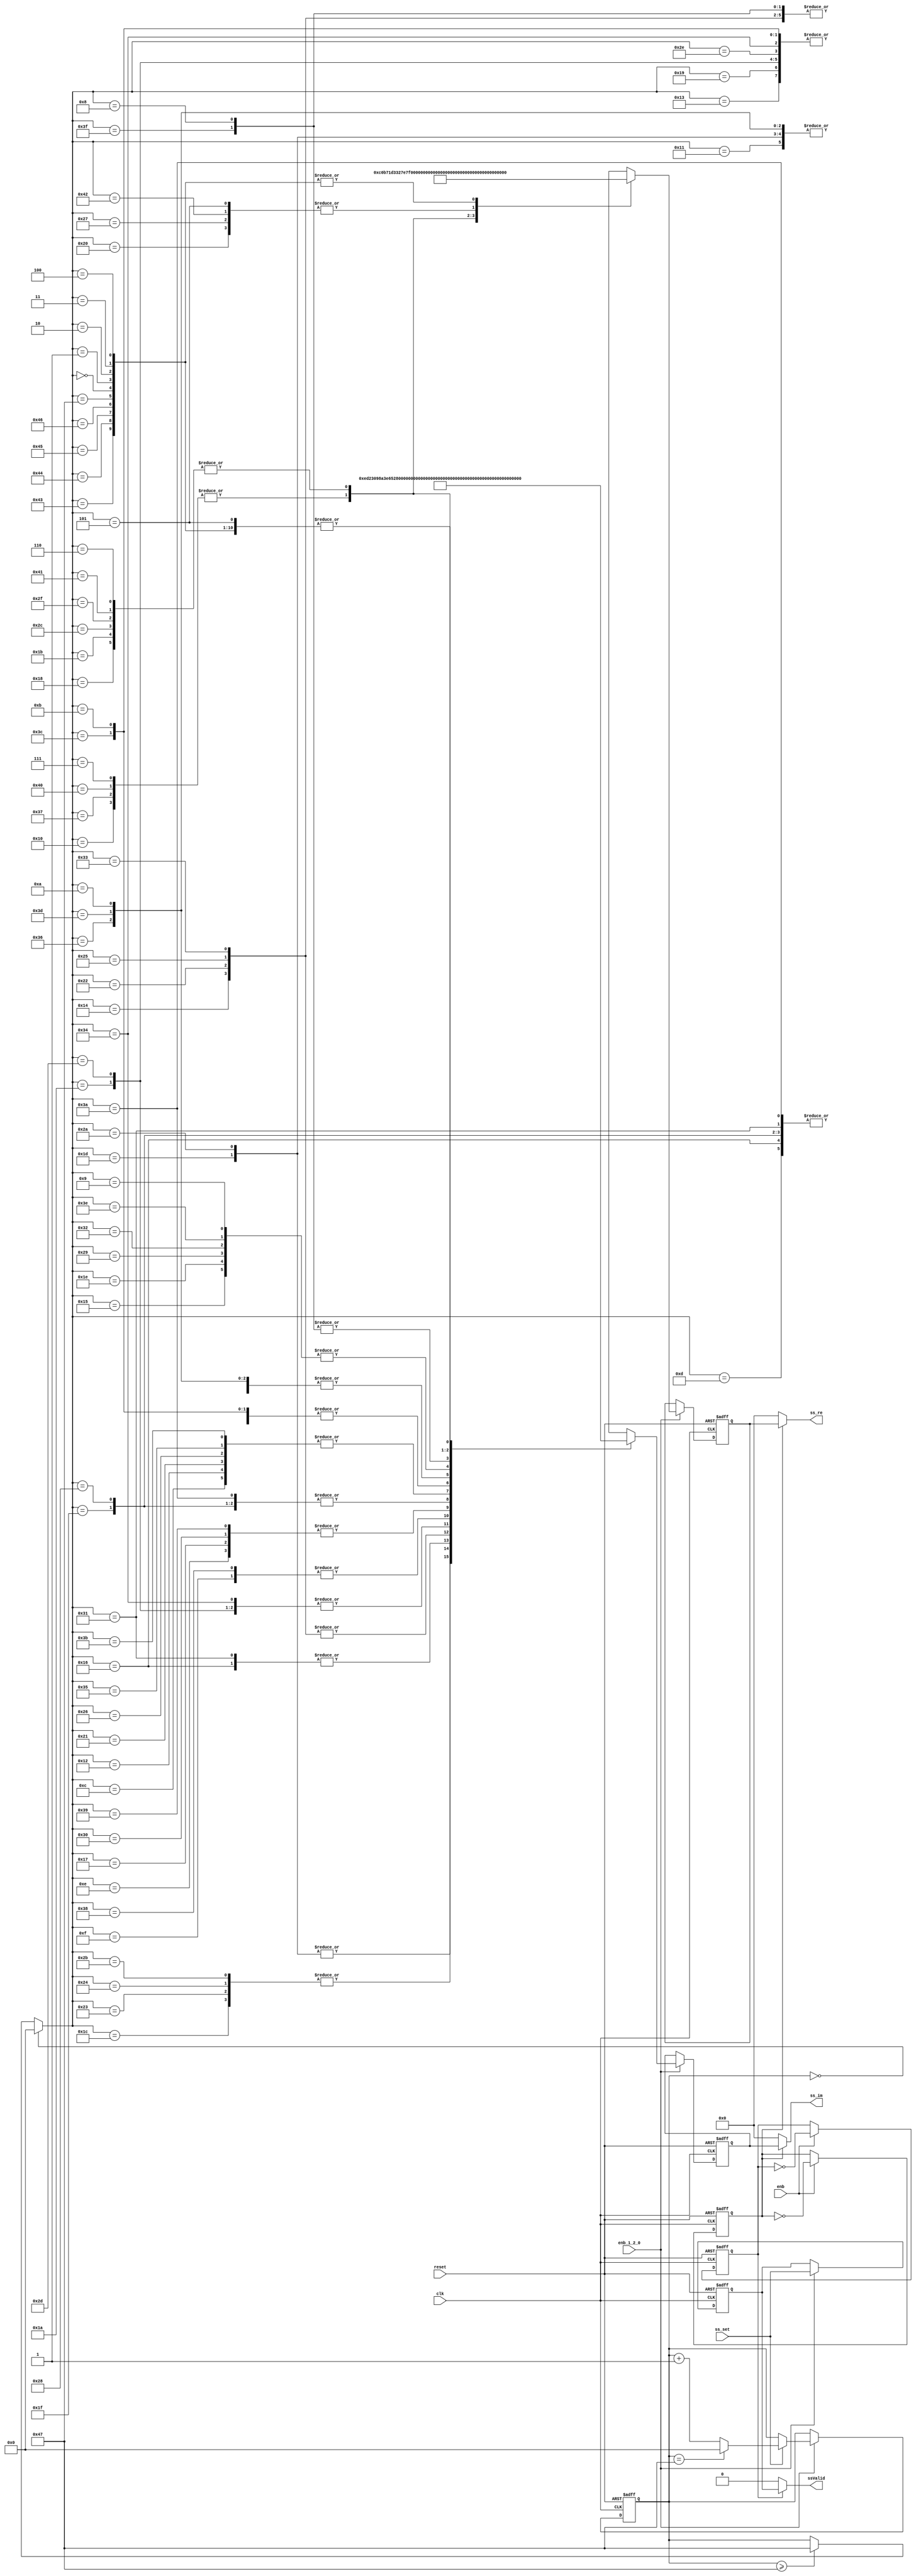
// -------------------------------------------------------------
// 
// 
// Generated by MATLAB 9.13 and HDL Coder 4.0
// 
// -------------------------------------------------------------


// -------------------------------------------------------------
// 
// Module: whdlOFDMTx_Synchronization_Sequence
// Source Path: whdlOFDMTx/Frame Generator/Synchronization Sequence
// Hierarchy Level: 4
// 
// -------------------------------------------------------------

`timescale 1 ns / 1 ns

module whdlOFDMTx_Synchronization_Sequence
          (clk,
           reset,
           enb,
           enb_1_2_0,
           ss_set,
           ss_re,
           ss_im,
           ssValid);


  input   clk;
  input   reset;
  input   enb;
  input   enb_1_2_0;
  input   ss_set;
  output  signed [15:0] ss_re;  // sfix16_En14
  output  signed [15:0] ss_im;  // sfix16_En14
  output  ssValid;


  reg  Upsample_muxsel;  // ufix1
  wire [6:0] count_step;  // ufix7
  wire [6:0] count_from;  // ufix7
  reg [6:0] SS_Counter_out1;  // ufix7
  wire [6:0] count;  // ufix7
  wire need_to_wrap;
  wire [6:0] count_value;  // ufix7
  wire [6:0] count_1;  // ufix7
  wire [6:0] SS_LUT_k;  // ufix7
  wire signed [15:0] SS_LUT_table_data_re [0:71];  // sfix16_En14 [72]
  wire signed [15:0] SS_LUT_table_data_im [0:71];  // sfix16_En14 [72]
  wire signed [15:0] SS_LUT_out1_re;  // sfix16_En14
  wire signed [15:0] SS_LUT_out1_im;  // sfix16_En14
  reg signed [15:0] Delay_out1_re;  // sfix16_En14
  reg signed [15:0] Delay_out1_im;  // sfix16_En14
  wire signed [15:0] Upsample_zero_re;  // sfix16_En14
  wire signed [15:0] Upsample_zero_im;  // sfix16_En14
  wire signed [15:0] Upsample_out1_re;  // sfix16_En14
  wire signed [15:0] Upsample_out1_im;  // sfix16_En14
  reg  Upsample1_muxsel;  // ufix1
  reg  Delay2_out1;
  wire Upsample1_zero;
  wire Upsample1_out1;

  // Upsampling is done to compensate the rate change due to Convolutional Encoder 
  // in Header and Data subsystems.
  // Access synchronization sequence from LUT.


  // Free running, Unsigned Counter
  //  initial value   = 1
  //  step value      = 1
  // Upsample: Upsample by 2, Sample offset 0 
  always @(posedge clk or posedge reset)
    begin : Upsample_cnt_process
      if (reset == 1'b1) begin
        Upsample_muxsel <= 1'b1;
      end
      else begin
        if (enb) begin
          Upsample_muxsel <=  ~ Upsample_muxsel;
        end
      end
    end



  // Count limited, Unsigned Counter
  //  initial value   = 0
  //  step value      = 1
  //  count to value  = 71
  assign count_step = 7'b0000001;



  assign count_from = 7'b0000000;



  assign count = SS_Counter_out1 + count_step;



  assign need_to_wrap = SS_Counter_out1 == 7'b1000111;



  assign count_value = (need_to_wrap == 1'b0 ? count :
              count_from);



  assign count_1 = (ss_set == 1'b0 ? SS_Counter_out1 :
              count_value);



  always @(posedge clk or posedge reset)
    begin : SS_Counter_process
      if (reset == 1'b1) begin
        SS_Counter_out1 <= 7'b0000000;
      end
      else begin
        if (enb_1_2_0) begin
          SS_Counter_out1 <= count_1;
        end
      end
    end



  assign SS_LUT_table_data_re[0] = 16'sb0000000000000000;
  assign SS_LUT_table_data_re[1] = 16'sb0000000000000000;
  assign SS_LUT_table_data_re[2] = 16'sb0000000000000000;
  assign SS_LUT_table_data_re[3] = 16'sb0000000000000000;
  assign SS_LUT_table_data_re[4] = 16'sb0000000000000000;
  assign SS_LUT_table_data_re[5] = 16'sb0100000000000000;
  assign SS_LUT_table_data_re[6] = 16'sb1100110011111100;
  assign SS_LUT_table_data_re[7] = 16'sb0001011101100010;
  assign SS_LUT_table_data_re[8] = 16'sb1101000100010110;
  assign SS_LUT_table_data_re[9] = 16'sb0011111010111011;
  assign SS_LUT_table_data_re[10] = 16'sb0011110100101000;
  assign SS_LUT_table_data_re[11] = 16'sb1110000000000000;
  assign SS_LUT_table_data_re[12] = 16'sb0011000100000111;
  assign SS_LUT_table_data_re[13] = 16'sb1111000111000010;
  assign SS_LUT_table_data_re[14] = 16'sb0010011111100111;
  assign SS_LUT_table_data_re[15] = 16'sb0001110100110011;
  assign SS_LUT_table_data_re[16] = 16'sb0001011101100010;
  assign SS_LUT_table_data_re[17] = 16'sb0011110100101000;
  assign SS_LUT_table_data_re[18] = 16'sb0011000100000111;
  assign SS_LUT_table_data_re[19] = 16'sb1110000000000000;
  assign SS_LUT_table_data_re[20] = 16'sb1101000100010110;
  assign SS_LUT_table_data_re[21] = 16'sb0011111010111011;
  assign SS_LUT_table_data_re[22] = 16'sb1111000111000010;
  assign SS_LUT_table_data_re[23] = 16'sb0010011111100111;
  assign SS_LUT_table_data_re[24] = 16'sb1100110011111100;
  assign SS_LUT_table_data_re[25] = 16'sb1110000000000000;
  assign SS_LUT_table_data_re[26] = 16'sb1110000000000000;
  assign SS_LUT_table_data_re[27] = 16'sb1100110011111100;
  assign SS_LUT_table_data_re[28] = 16'sb1100000010110111;
  assign SS_LUT_table_data_re[29] = 16'sb0011110100101000;
  assign SS_LUT_table_data_re[30] = 16'sb0011111010111011;
  assign SS_LUT_table_data_re[31] = 16'sb1111000111000010;
  assign SS_LUT_table_data_re[32] = 16'sb0100000000000000;
  assign SS_LUT_table_data_re[33] = 16'sb0011000100000111;
  assign SS_LUT_table_data_re[34] = 16'sb1101000100010110;
  assign SS_LUT_table_data_re[35] = 16'sb1100000010110111;
  assign SS_LUT_table_data_re[36] = 16'sb1100000010110111;
  assign SS_LUT_table_data_re[37] = 16'sb1101000100010110;
  assign SS_LUT_table_data_re[38] = 16'sb0011000100000111;
  assign SS_LUT_table_data_re[39] = 16'sb0100000000000000;
  assign SS_LUT_table_data_re[40] = 16'sb1111000111000010;
  assign SS_LUT_table_data_re[41] = 16'sb0011111010111011;
  assign SS_LUT_table_data_re[42] = 16'sb0011110100101000;
  assign SS_LUT_table_data_re[43] = 16'sb1100000010110111;
  assign SS_LUT_table_data_re[44] = 16'sb1100110011111100;
  assign SS_LUT_table_data_re[45] = 16'sb1110000000000000;
  assign SS_LUT_table_data_re[46] = 16'sb1110000000000000;
  assign SS_LUT_table_data_re[47] = 16'sb1100110011111100;
  assign SS_LUT_table_data_re[48] = 16'sb0010011111100111;
  assign SS_LUT_table_data_re[49] = 16'sb1111000111000010;
  assign SS_LUT_table_data_re[50] = 16'sb0011111010111011;
  assign SS_LUT_table_data_re[51] = 16'sb1101000100010110;
  assign SS_LUT_table_data_re[52] = 16'sb1110000000000000;
  assign SS_LUT_table_data_re[53] = 16'sb0011000100000111;
  assign SS_LUT_table_data_re[54] = 16'sb0011110100101000;
  assign SS_LUT_table_data_re[55] = 16'sb0001011101100010;
  assign SS_LUT_table_data_re[56] = 16'sb0001110100110011;
  assign SS_LUT_table_data_re[57] = 16'sb0010011111100111;
  assign SS_LUT_table_data_re[58] = 16'sb1111000111000010;
  assign SS_LUT_table_data_re[59] = 16'sb0011000100000111;
  assign SS_LUT_table_data_re[60] = 16'sb1110000000000000;
  assign SS_LUT_table_data_re[61] = 16'sb0011110100101000;
  assign SS_LUT_table_data_re[62] = 16'sb0011111010111011;
  assign SS_LUT_table_data_re[63] = 16'sb1101000100010110;
  assign SS_LUT_table_data_re[64] = 16'sb0001011101100010;
  assign SS_LUT_table_data_re[65] = 16'sb1100110011111100;
  assign SS_LUT_table_data_re[66] = 16'sb0100000000000000;
  assign SS_LUT_table_data_re[67] = 16'sb0000000000000000;
  assign SS_LUT_table_data_re[68] = 16'sb0000000000000000;
  assign SS_LUT_table_data_re[69] = 16'sb0000000000000000;
  assign SS_LUT_table_data_re[70] = 16'sb0000000000000000;
  assign SS_LUT_table_data_re[71] = 16'sb0000000000000000;
  assign SS_LUT_table_data_im[0] = 16'sb0000000000000000;
  assign SS_LUT_table_data_im[1] = 16'sb0000000000000000;
  assign SS_LUT_table_data_im[2] = 16'sb0000000000000000;
  assign SS_LUT_table_data_im[3] = 16'sb0000000000000000;
  assign SS_LUT_table_data_im[4] = 16'sb0000000000000000;
  assign SS_LUT_table_data_im[5] = 16'sb0000000000000000;
  assign SS_LUT_table_data_im[6] = 16'sb1101100101011011;
  assign SS_LUT_table_data_im[7] = 16'sb1100010001101101;
  assign SS_LUT_table_data_im[8] = 16'sb1101010001111000;
  assign SS_LUT_table_data_im[9] = 16'sb0000110010101110;
  assign SS_LUT_table_data_im[10] = 16'sb0001001011011101;
  assign SS_LUT_table_data_im[11] = 16'sb1100100010010011;
  assign SS_LUT_table_data_im[12] = 16'sb1101011011011101;
  assign SS_LUT_table_data_im[13] = 16'sb1100000110011011;
  assign SS_LUT_table_data_im[14] = 16'sb0011001000001010;
  assign SS_LUT_table_data_im[15] = 16'sb0011100011110100;
  assign SS_LUT_table_data_im[16] = 16'sb1100010001101101;
  assign SS_LUT_table_data_im[17] = 16'sb0001001011011101;
  assign SS_LUT_table_data_im[18] = 16'sb1101011011011101;
  assign SS_LUT_table_data_im[19] = 16'sb0011011101101101;
  assign SS_LUT_table_data_im[20] = 16'sb0010101110001000;
  assign SS_LUT_table_data_im[21] = 16'sb0000110010101110;
  assign SS_LUT_table_data_im[22] = 16'sb0011111001100101;
  assign SS_LUT_table_data_im[23] = 16'sb0011001000001010;
  assign SS_LUT_table_data_im[24] = 16'sb1101100101011011;
  assign SS_LUT_table_data_im[25] = 16'sb1100100010010011;
  assign SS_LUT_table_data_im[26] = 16'sb0011011101101101;
  assign SS_LUT_table_data_im[27] = 16'sb1101100101011011;
  assign SS_LUT_table_data_im[28] = 16'sb0000100110001010;
  assign SS_LUT_table_data_im[29] = 16'sb1110110100100011;
  assign SS_LUT_table_data_im[30] = 16'sb0000110010101110;
  assign SS_LUT_table_data_im[31] = 16'sb1100000110011011;
  assign SS_LUT_table_data_im[32] = 16'sb0000000000000000;
  assign SS_LUT_table_data_im[33] = 16'sb1101011011011101;
  assign SS_LUT_table_data_im[34] = 16'sb0010101110001000;
  assign SS_LUT_table_data_im[35] = 16'sb0000100110001010;
  assign SS_LUT_table_data_im[36] = 16'sb0000100110001010;
  assign SS_LUT_table_data_im[37] = 16'sb0010101110001000;
  assign SS_LUT_table_data_im[38] = 16'sb1101011011011101;
  assign SS_LUT_table_data_im[39] = 16'sb0000000000000000;
  assign SS_LUT_table_data_im[40] = 16'sb1100000110011011;
  assign SS_LUT_table_data_im[41] = 16'sb0000110010101110;
  assign SS_LUT_table_data_im[42] = 16'sb1110110100100011;
  assign SS_LUT_table_data_im[43] = 16'sb0000100110001010;
  assign SS_LUT_table_data_im[44] = 16'sb1101100101011011;
  assign SS_LUT_table_data_im[45] = 16'sb0011011101101101;
  assign SS_LUT_table_data_im[46] = 16'sb1100100010010011;
  assign SS_LUT_table_data_im[47] = 16'sb1101100101011011;
  assign SS_LUT_table_data_im[48] = 16'sb0011001000001010;
  assign SS_LUT_table_data_im[49] = 16'sb0011111001100101;
  assign SS_LUT_table_data_im[50] = 16'sb0000110010101110;
  assign SS_LUT_table_data_im[51] = 16'sb0010101110001000;
  assign SS_LUT_table_data_im[52] = 16'sb0011011101101101;
  assign SS_LUT_table_data_im[53] = 16'sb1101011011011101;
  assign SS_LUT_table_data_im[54] = 16'sb0001001011011101;
  assign SS_LUT_table_data_im[55] = 16'sb1100010001101101;
  assign SS_LUT_table_data_im[56] = 16'sb0011100011110100;
  assign SS_LUT_table_data_im[57] = 16'sb0011001000001010;
  assign SS_LUT_table_data_im[58] = 16'sb1100000110011011;
  assign SS_LUT_table_data_im[59] = 16'sb1101011011011101;
  assign SS_LUT_table_data_im[60] = 16'sb1100100010010011;
  assign SS_LUT_table_data_im[61] = 16'sb0001001011011101;
  assign SS_LUT_table_data_im[62] = 16'sb0000110010101110;
  assign SS_LUT_table_data_im[63] = 16'sb1101010001111000;
  assign SS_LUT_table_data_im[64] = 16'sb1100010001101101;
  assign SS_LUT_table_data_im[65] = 16'sb1101100101011011;
  assign SS_LUT_table_data_im[66] = 16'sb0000000000000000;
  assign SS_LUT_table_data_im[67] = 16'sb0000000000000000;
  assign SS_LUT_table_data_im[68] = 16'sb0000000000000000;
  assign SS_LUT_table_data_im[69] = 16'sb0000000000000000;
  assign SS_LUT_table_data_im[70] = 16'sb0000000000000000;
  assign SS_LUT_table_data_im[71] = 16'sb0000000000000000;
  assign SS_LUT_k = (SS_Counter_out1 == 7'b0000000 ? 7'b0000000 :
              (SS_Counter_out1 >= 7'b1000111 ? 7'b1000111 :
              SS_Counter_out1));
  assign SS_LUT_out1_re = SS_LUT_table_data_re[SS_LUT_k];
  assign SS_LUT_out1_im = SS_LUT_table_data_im[SS_LUT_k];



  always @(posedge clk or posedge reset)
    begin : Delay_process
      if (reset == 1'b1) begin
        Delay_out1_re <= 16'sb0000000000000000;
        Delay_out1_im <= 16'sb0000000000000000;
      end
      else begin
        if (enb_1_2_0) begin
          Delay_out1_re <= SS_LUT_out1_re;
          Delay_out1_im <= SS_LUT_out1_im;
        end
      end
    end



  assign Upsample_zero_re = 16'sb0000000000000000;
  assign Upsample_zero_im = 16'sb0000000000000000;



  assign Upsample_out1_re = (Upsample_muxsel == 1'b1 ? Delay_out1_re :
              Upsample_zero_re);
  assign Upsample_out1_im = (Upsample_muxsel == 1'b1 ? Delay_out1_im :
              Upsample_zero_im);



  assign ss_re = Upsample_out1_re;

  assign ss_im = Upsample_out1_im;

  // Free running, Unsigned Counter
  //  initial value   = 1
  //  step value      = 1
  // Upsample1: Upsample by 2, Sample offset 0 
  always @(posedge clk or posedge reset)
    begin : Upsample1_cnt_process
      if (reset == 1'b1) begin
        Upsample1_muxsel <= 1'b1;
      end
      else begin
        if (enb) begin
          Upsample1_muxsel <=  ~ Upsample1_muxsel;
        end
      end
    end



  always @(posedge clk or posedge reset)
    begin : Delay2_process
      if (reset == 1'b1) begin
        Delay2_out1 <= 1'b0;
      end
      else begin
        if (enb_1_2_0) begin
          Delay2_out1 <= ss_set;
        end
      end
    end



  assign Upsample1_zero = 1'b0;



  assign Upsample1_out1 = (Upsample1_muxsel == 1'b1 ? Delay2_out1 :
              Upsample1_zero);



  assign ssValid = Upsample1_out1;

endmodule  // whdlOFDMTx_Synchronization_Sequence